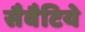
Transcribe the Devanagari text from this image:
सैवैटिये